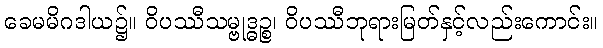
ခေမမိဂဒါယ၌။ ဝိပဿီသမ္ဗုဒ္ဓဉ္စ၊ ဝိပဿီဘုရားမြတ်နှင့်လည်းကောင်း။